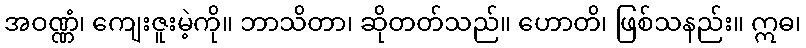
အဝဏ္ဏံ၊ ကျေးဇူးမဲ့ကို။ ဘာသိတာ၊ ဆိုတတ်သည်။ ဟောတိ၊ ဖြစ်သနည်း။ ဣဓ၊